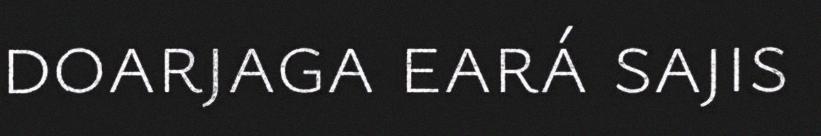
doarjaga eará sajis